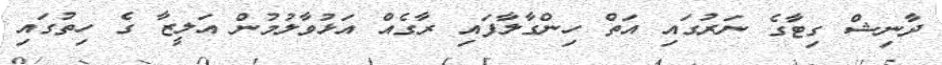
ދާނިޝް ގިޓާގެ ނަރުގައި އަތް ހިންގާލާފައި ރާގެއް އަޅުވާލުމުން އަލީޒާ ގެ ހިތުގައި